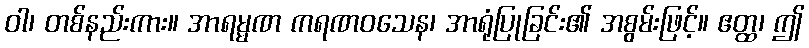
ဝါ၊ တစ်နည်းကား။ အာရမ္မဏ ကရဏဝသေန၊ အာရုံပြုခြင်း၏ အစွမ်းဖြင့်။ ဧတ္ထ၊ ဤ